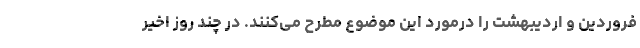
فروردین و اردیبهشت را درمورد این موضوع مطرح می‌کنند. در چند روز اخیر